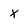
Character: x